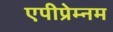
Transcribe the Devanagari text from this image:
एपीप्रेम्नम